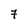
Character: 7